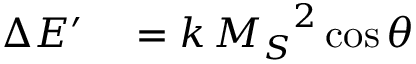
\begin{array} { r l } { \Delta E ^ { \prime } } & { { } = k \, { M _ { S } } ^ { 2 } \cos \theta } \end{array}